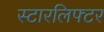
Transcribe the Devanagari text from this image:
स्टारलिफ्टर